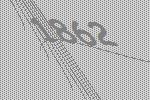
1862